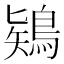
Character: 𪁬